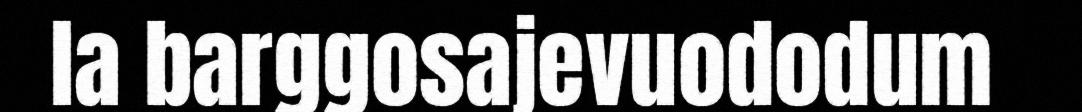
la barggosajevuododum